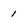
Character: 1